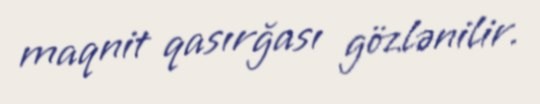
maqnit qasırğası gözlənilir.